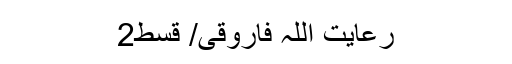
رعایت اللہ فاروقی/ قسط2